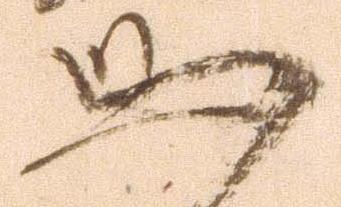
恐